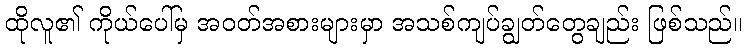
ထိုလူ၏ ကိုယ်ပေါ်မှ အဝတ်အစားများမှာ အသစ်ကျပ်ချွတ်တွေချည်း ဖြစ်သည်။